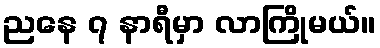
ညနေ ၇ နာရီမှာ လာကြိုမယ်။